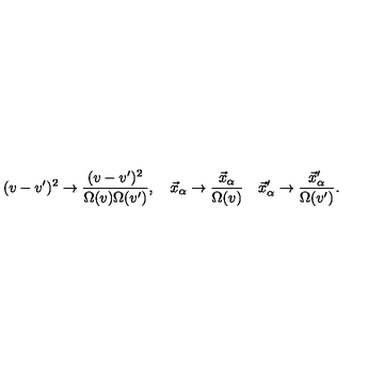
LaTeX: ( v - v ^ { \prime } ) ^ { 2 } \rightarrow \frac { ( v - v ^ { \prime } ) ^ { 2 } } { \Omega ( v ) \Omega ( v ^ { \prime } ) } , \quad \vec { x } _ { \alpha } \rightarrow \frac { \vec { x } _ { \alpha } } { \Omega ( v ) } \quad \vec { x } _ { \alpha } ^ { \prime } \rightarrow \frac { \vec { x } _ { \alpha } ^ { \prime } } { \Omega ( v ^ { \prime } ) } .